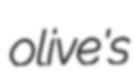
olive's